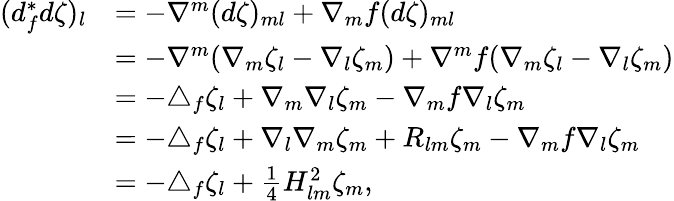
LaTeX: \begin{array}{rl}{(d_{f}^{*}d\zeta)_{l}}&{=-\nabla^{m}(d\zeta)_{ml}+\nabla_{m}f(d\zeta)_{ml}}\\ &{=-\nabla^{m}(\nabla_{m}\zeta_{l}-\nabla_{l}\zeta_{m})+\nabla^{m}f(\nabla_{m}\zeta_{l}-\nabla_{l}\zeta_{m})}\\ &{=-\triangle_{f}\zeta_{l}+\nabla_{m}\nabla_{l}\zeta_{m}-\nabla_{m}f\nabla_{l}\zeta_{m}}\\ &{=-\triangle_{f}\zeta_{l}+\nabla_{l}\nabla_{m}\zeta_{m}+R_{lm}\zeta_{m}-\nabla_{m}f\nabla_{l}\zeta_{m}}\\ &{=-\triangle_{f}\zeta_{l}+\frac{1}{4}H_{lm}^{2}\zeta_{m},}\end{array}